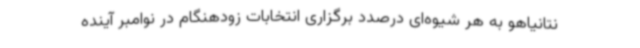
نتانیاهو به هر شیوه‌ای درصدد برگزاری انتخابات زودهنگام در نوامبر آینده